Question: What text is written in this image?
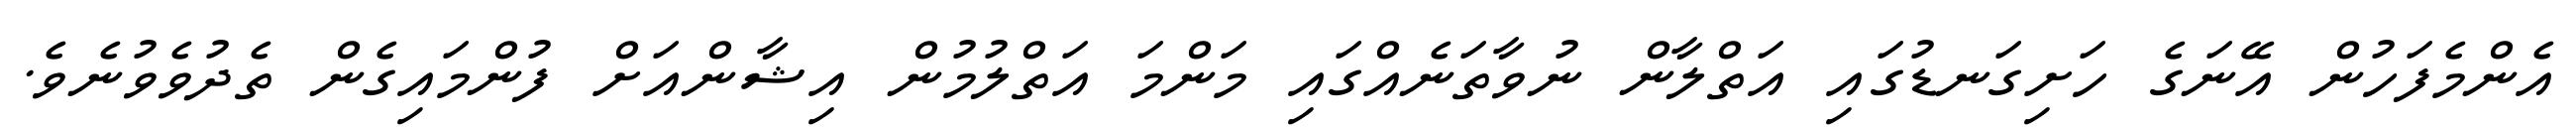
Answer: އެންމެފަހުން އޭނަގެ ހަށިގަނޑުގައި އަތްލާން ނުވާތަނެއްގައި މަންމަ އަތްލުމުން އިޝާންއަށް ފުންމައިގެން ތެދުވެވުނެވެ.